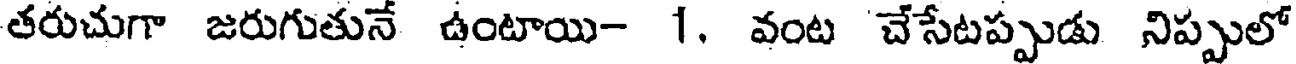
తరుచుగా జరుగుతునే ఉంటాయి- 1. వంట చేసేటప్పుడు నిప్పులో